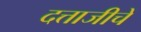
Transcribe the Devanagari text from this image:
दत्ताजीचें